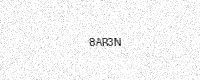
Text: 8AR3N